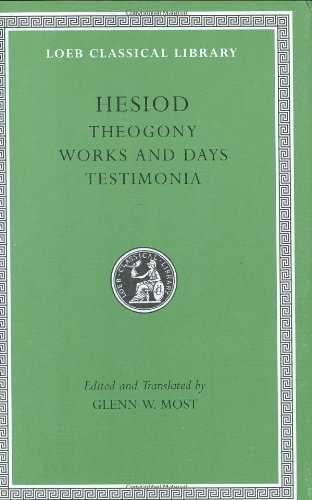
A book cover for Hesiod: Volume I, Theogony. Works and Days. Testimonia (Loeb Classical Library No. 57N); Hesiod; Literature & Fiction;